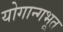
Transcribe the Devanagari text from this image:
योगान्गभूत